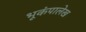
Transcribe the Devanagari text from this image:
भूकंपालेख